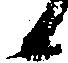
候